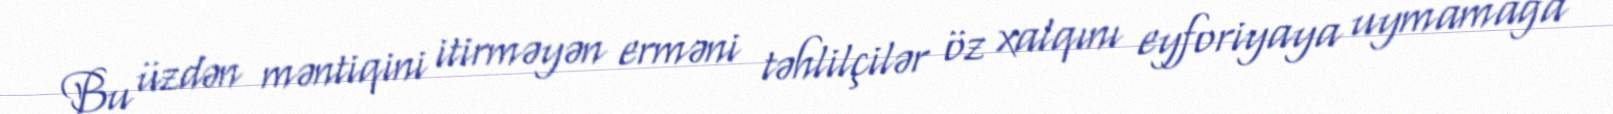
Bu üzdən məntiqini itirməyən erməni təhlilçilər öz xalqını eyforiyaya uymamağa